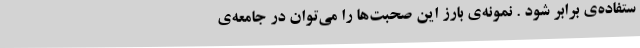
ستفاده‌ی برابر شود . نمونه‌ی بارز این صحبت‌ها را می‌توان در جامعه‌ی